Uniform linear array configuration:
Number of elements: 32
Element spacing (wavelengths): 0.25
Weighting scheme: cosine
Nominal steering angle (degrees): -45
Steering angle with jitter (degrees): -46.43
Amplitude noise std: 0.05
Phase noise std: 0.05

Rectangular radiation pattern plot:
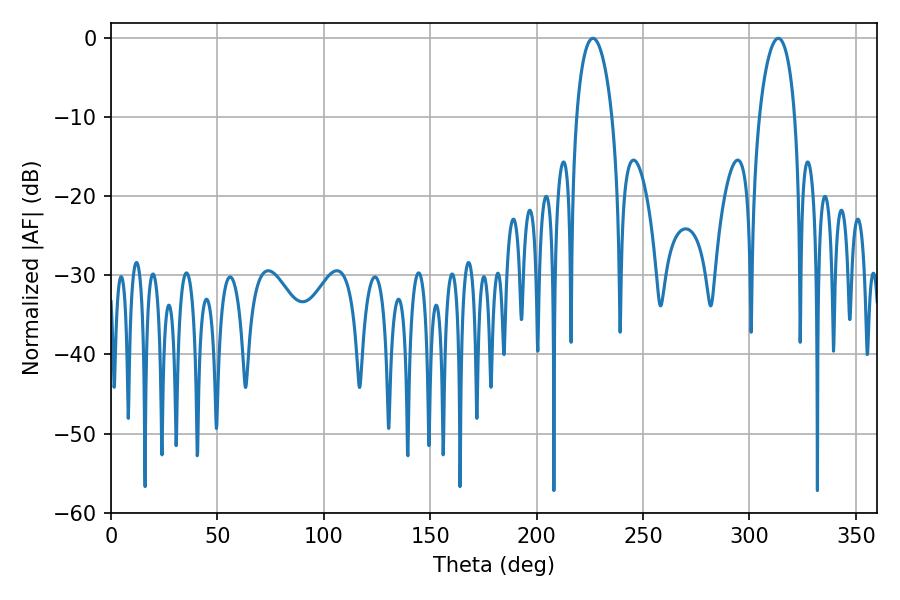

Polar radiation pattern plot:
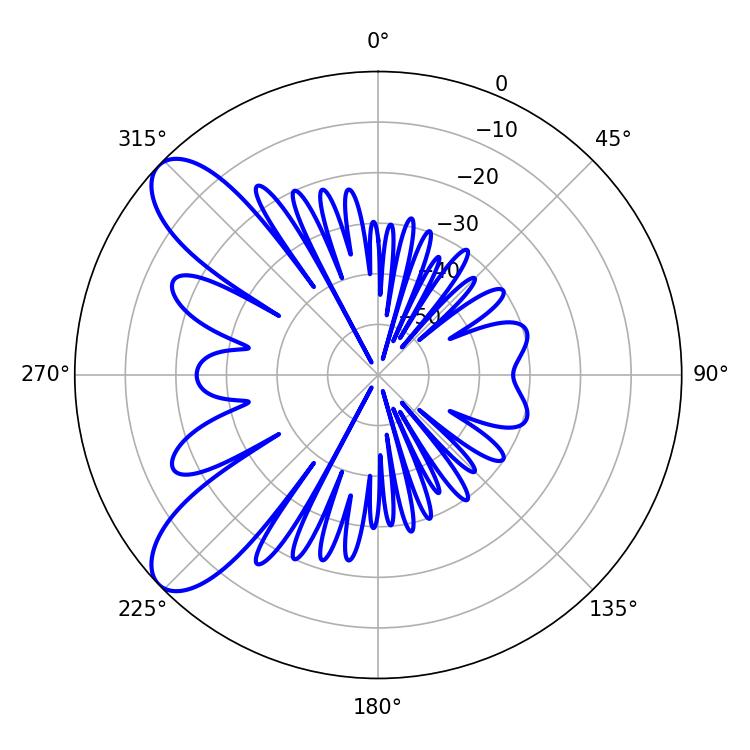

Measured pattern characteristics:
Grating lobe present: FALSE
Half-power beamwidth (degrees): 9.54
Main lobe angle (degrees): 226.44